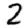
Digit: 2